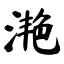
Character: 滟